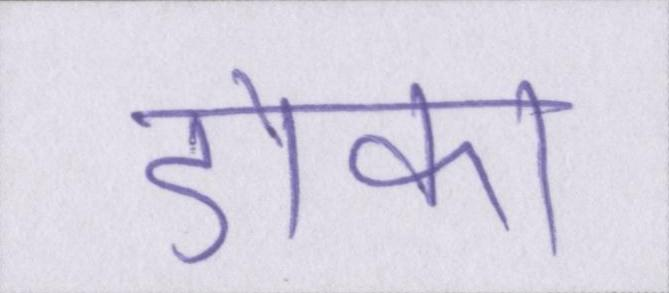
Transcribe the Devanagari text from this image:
डोका